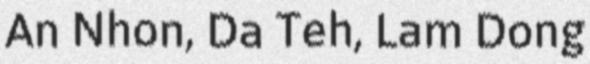
An Nhon, Da Teh, Lam Dong